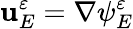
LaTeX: \mathbf{u}_{E}^{\varepsilon}=\nabla\psi_{E}^{\varepsilon}